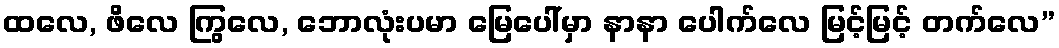
ထလေ, ဖိလေ ကြွလေ, ဘောလုံးပမာ မြေပေါ်မှာ နာနာ ပေါက်လေ မြင့်မြင့် တက်လေ”